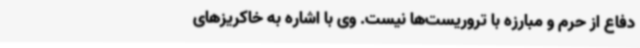
دفاع از حرم و مبارزه با تروریست‌ها نیست. وی با اشاره به خاکریزهای